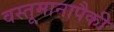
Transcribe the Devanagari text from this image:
वस्तूमानापैकी